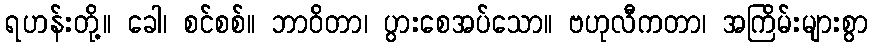
ရဟန်းတို့။ ခေါ၊ စင်စစ်။ ဘာဝိတာ၊ ပွားစေအပ်သော။ ဗဟုလီကတာ၊ အကြိမ်းများစွာ